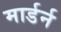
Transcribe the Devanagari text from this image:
मार्डर्न